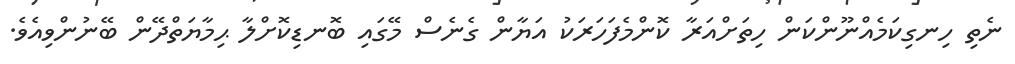
ނެތި ހިނގިކަމެއްނޫންކަން ހިތަށްއަރާ ކޮންމެފަހަރަކު އަޔާން ގެނެސް މޭގައި ބޮނޑިކޮށްލާ ޙިމާޔަތްދޭން ބޭނުންވިއެވެ.